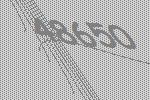
48650